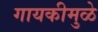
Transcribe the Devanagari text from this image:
गायकीमुळे